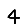
Digit: 4